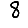
Digit: 8